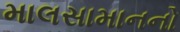
માલસામાનનો